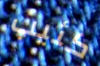
كئيب